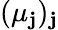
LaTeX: (\mu_{\mathbf{j}})_{\mathbf{j}}